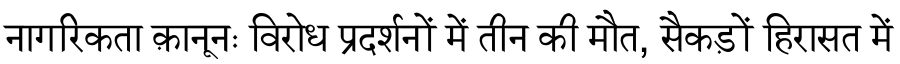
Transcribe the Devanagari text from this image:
नागरिकता क़ानूनः विरोध प्रदर्शनों में तीन की मौत, सैकड़ों हिरासत में